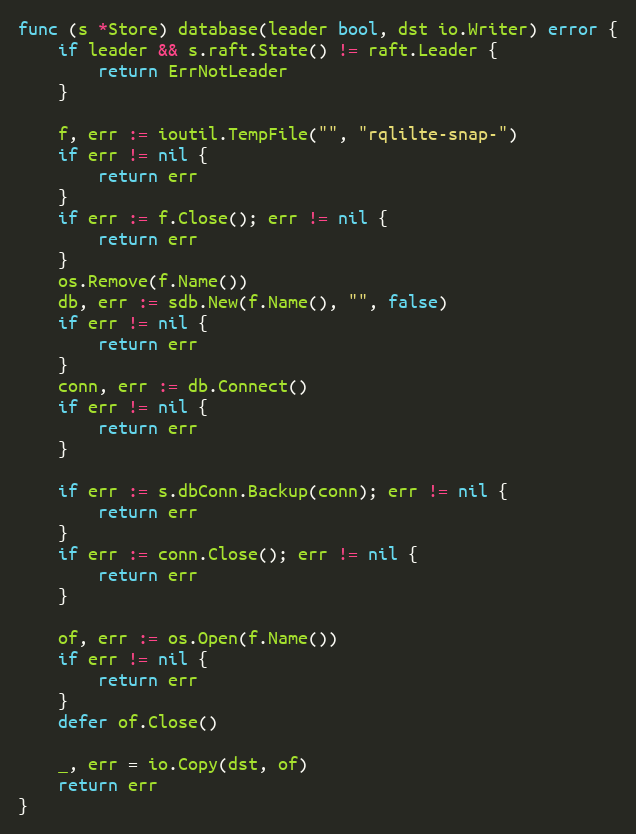
Language: Go
func (s *Store) database(leader bool, dst io.Writer) error {
	if leader && s.raft.State() != raft.Leader {
		return ErrNotLeader
	}

	f, err := ioutil.TempFile("", "rqlilte-snap-")
	if err != nil {
		return err
	}
	if err := f.Close(); err != nil {
		return err
	}
	os.Remove(f.Name())
	db, err := sdb.New(f.Name(), "", false)
	if err != nil {
		return err
	}
	conn, err := db.Connect()
	if err != nil {
		return err
	}

	if err := s.dbConn.Backup(conn); err != nil {
		return err
	}
	if err := conn.Close(); err != nil {
		return err
	}

	of, err := os.Open(f.Name())
	if err != nil {
		return err
	}
	defer of.Close()

	_, err = io.Copy(dst, of)
	return err
}